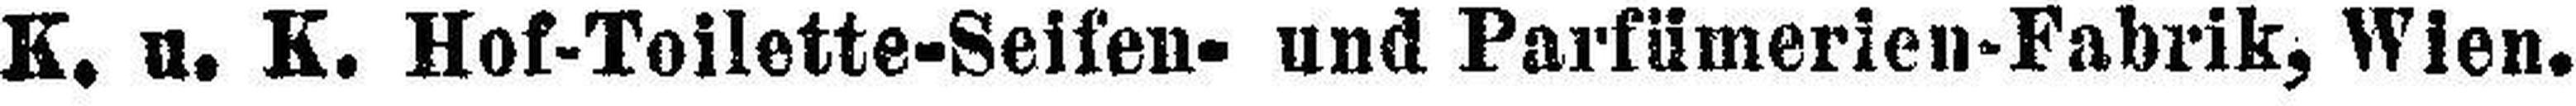
K. u. K. Hof-Toilette-Seifen- und Parfümerien-Fabrik, Wien.